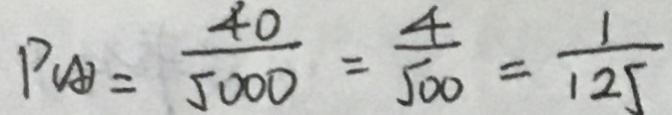
P _ { ( A ) } = \frac { 4 0 } { 5 0 0 0 } = \frac { 4 } { 5 0 0 } = \frac { 1 } { 1 2 5 }